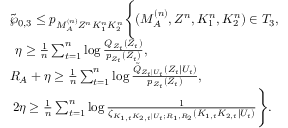
\begin{array} { r l } & { \tilde { \wp } _ { 0 , 3 } \leq p _ { M _ { \cal A } ^ { ( n ) } Z ^ { n } K _ { 1 } ^ { n } K _ { 2 } ^ { n } } \Biggl \{ ( M _ { \cal A } ^ { ( n ) } , Z ^ { n } , K _ { 1 } ^ { n } , K _ { 2 } ^ { n } ) \in { \cal T } _ { 3 } , } \\ & { \: \: \eta \geq \frac { 1 } { n } \sum _ { t = 1 } ^ { n } \log \frac { Q _ { { Z } _ { t } } ( Z _ { t } ) } { p _ { Z _ { t } } ( Z _ { t } ) } , } \\ & { R _ { \cal A } + \eta \geq \frac { 1 } { n } \sum _ { t = 1 } ^ { n } \log \frac { \tilde { Q } _ { Z _ { t } | U _ { t } } ( Z _ { t } | U _ { t } ) } { p _ { Z _ { t } } ( Z _ { t } ) } , } \\ & { \: 2 \eta \geq \frac { 1 } { n } \sum _ { t = 1 } ^ { n } \log \frac { 1 } { \zeta _ { K _ { 1 , t } K _ { 2 , t } | U _ { t } ; R _ { 1 } , R _ { 2 } } ( K _ { 1 , t } K _ { 2 , t } | U _ { t } ) } \Biggr \} . } \end{array}